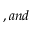
, a n d